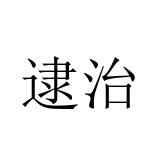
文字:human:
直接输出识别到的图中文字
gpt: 逮治